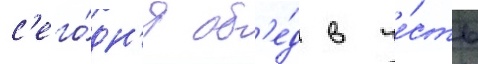
с'его́дн'я об'е́д в че́сть